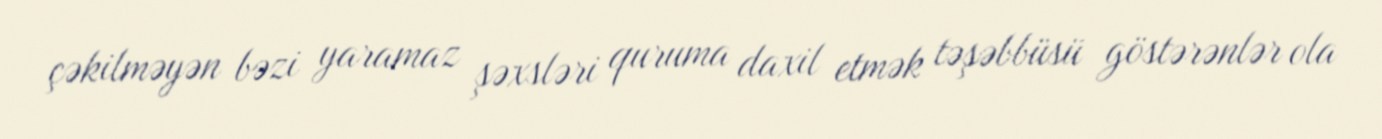
çəkilməyən bəzi yaramaz şəxsləri quruma daxil etmək təşəbbüsü göstərənlər ola